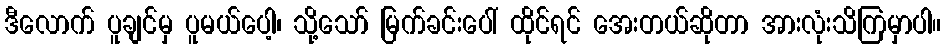
ဒီလောက် ပူချင်မှ ပူမယ်ပေါ့၊ သို့သော် မြက်ခင်းပေါ် ထိုင်ရင် အေးတယ်ဆိုတာ အားလုံးသိကြမှာပါ။